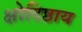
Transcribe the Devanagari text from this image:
क्षोदिष्ठाय